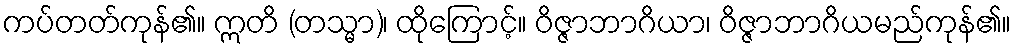
ကပ်တတ်ကုန်၏။ ဣတိ (တသ္မာ)၊ ထိုကြောင့်။ ဝိဇ္ဇာဘာဂိယာ၊ ဝိဇ္ဇာဘာဂိယမည်ကုန်၏။